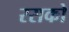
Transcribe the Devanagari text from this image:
रसको